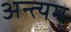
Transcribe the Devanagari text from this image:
अन्त्यम्